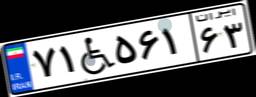
۷۵W۹۶۳۹۱